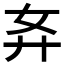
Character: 𰐈